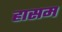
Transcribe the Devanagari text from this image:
हासम